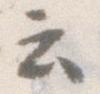
云